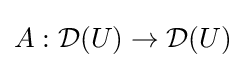
A:{\mathcal {D}}(U)\to {\mathcal {D}}(U)